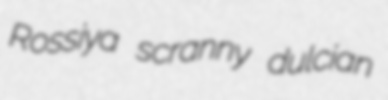
Rossiya scranny dulcian